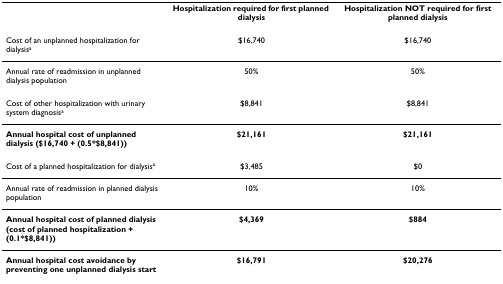
<table><thead><tr><td></td><td><b>Hospitalization required for first planned dialysis</b></td><td><b>Hospitalization NOT required for first planned dialysis</b></td></tr></thead><tbody><tr><td>Cost of an unplanned hospitalization for dialysis<sup>a</sup></td><td>$16,740</td><td>$16,740</td></tr><tr><td>Annual rate of readmission in unplanned dialysis population</td><td>50%</td><td>50%</td></tr><tr><td>Cost of other hospitalization with urinary system diagnosis<sup>a</sup></td><td>$8,841</td><td>$8,841</td></tr><tr><td><b>Annual hospital cost of unplanned dialysis ($16,740 + (0.5*$8,841))</b></td><td><b>$21,161</b></td><td><b>$21,161</b></td></tr><tr><td>Cost of a planned hospitalization for dialysis<sup>a</sup></td><td>$3,485</td><td>$0</td></tr><tr><td>Annual rate of readmission in planned dialysis population</td><td>10%</td><td>10%</td></tr><tr><td><b>Annual hospital cost of planned dialysis (cost of planned hospitalization + (0.1*$8,841))</b></td><td><b>$4,369</b></td><td><b>$884</b></td></tr><tr><td><b>Annual hospital cost avoidance by preventing one unplanned dialysis start</b></td><td><b>$16,791</b></td><td><b>$20,276</b></td></tr></tbody></table>